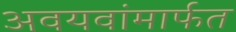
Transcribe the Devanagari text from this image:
अवयवांमार्फत